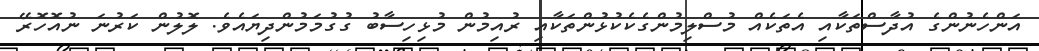
އަންހެނުންގެ އުދާސްތަކާއި އެތަކެއް މުސްލިމުންގެކެކުޅުންތަކާއި ރުއިމުން މުޅިހިސާބު ގުގުމަމުންދިޔައެވެ. ލޮލުން ކަރުނަ ނުއޮހޮރޭ